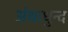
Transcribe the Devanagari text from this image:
अंधाधुन्द